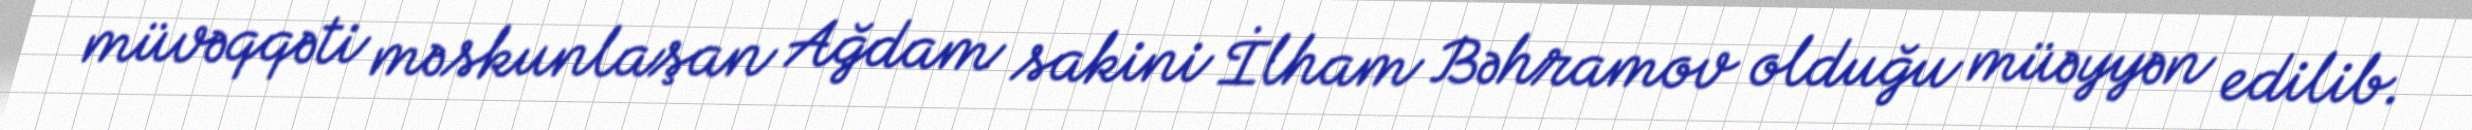
müvəqqəti məskunlaşan Ağdam sakini İlham Bəhramov olduğu müəyyən edilib.